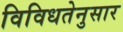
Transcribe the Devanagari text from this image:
विविधतेनुसार